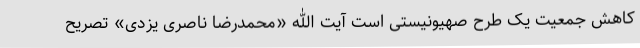
کاهش جمعیت یک طرح صهیونیستی است آیت الله «محمدرضا ناصری یزدی» تصریح